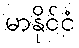
မာနိုင်ငံ